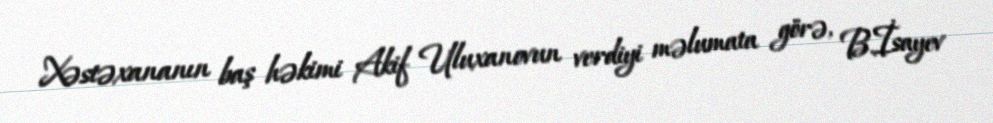
Xəstəxananın baş həkimi Akif Uluxanovun verdiyi məlumata görə, B.İsayev